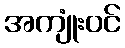
အကျုံးဝင်